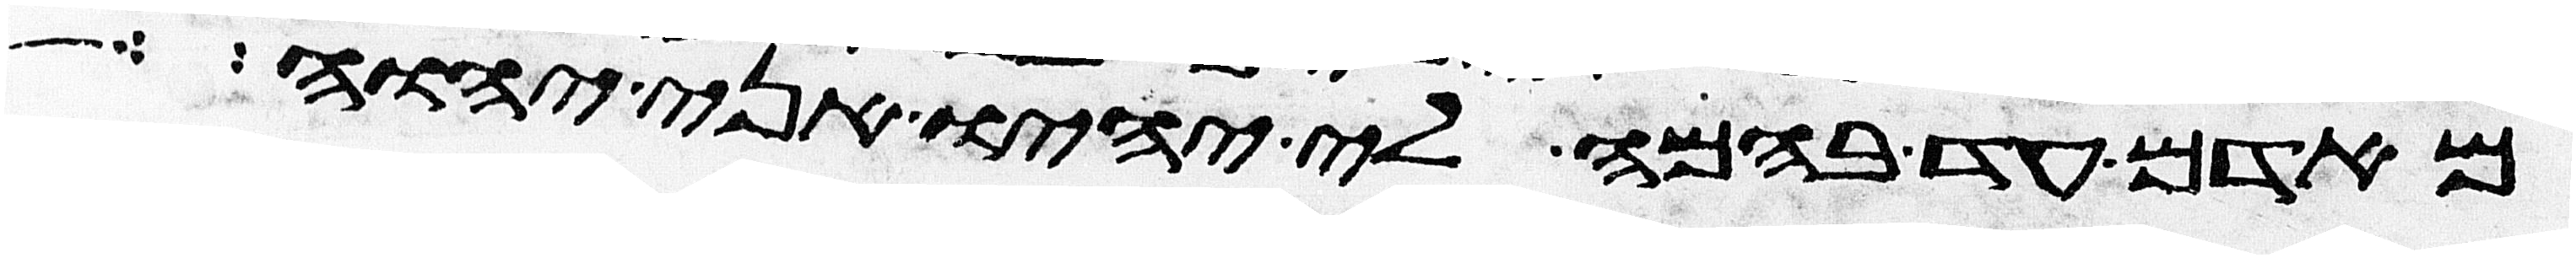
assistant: מאדם עד בהמה לי יהיו אני יהוה